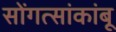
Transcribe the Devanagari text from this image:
सोंगत्सांकांबू